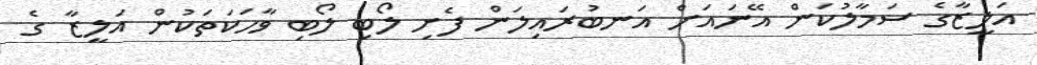
އަލީޒާގެ ސަމާލުކަން އޭނައަށް އަނބުރައިލަން ފެށި ލޯބި ލޯބި ވާހަކަތަކުން އަލީޒާ ގެ